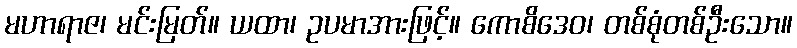
မဟာရာဇ၊ မင်းမြတ်။ ယထာ၊ ဥပမာအားဖြင့်။ ကောစိဒေဝ၊ တစ်စုံတစ်ဦးသော။